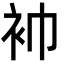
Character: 䘜